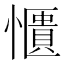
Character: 𫻑